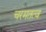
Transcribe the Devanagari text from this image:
चरमतत्व